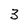
Character: 3